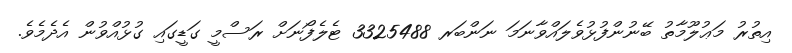
އިތުރު މަޢުލޫމާތު ބޭނުންފުޅުވެލައްވާނަމަ ނަންބަރ 3325488 ޓެލެފޯނަށް ރަސްމީ ގަޑީގައި ގުޅުއްވުން އެދެމެވެ.